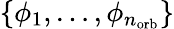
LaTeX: \{ \phi_{1},\ldots,\phi_{n_{\mathrm{orb}}}\}